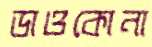
ডাওকোনা